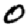
Digit: 0